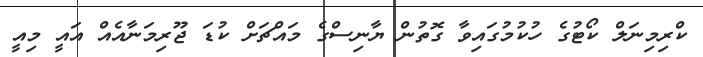
ކްރިމިނަލް ކޯޓުގެ ހުކުމުގައިވާ ގޮތުން ޔާނިސްގެ މައްޗަށް ކުޑަ ޖޫރިމަނާއެއް އައީ މިއީ